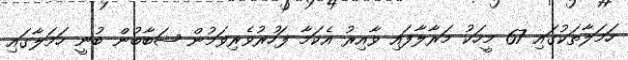
ހަމަލާތަކުގައި 67 މީހަކު މަރާލާފައި ވާއިރު އެކަމާ ފަހުރުވެރިވަމުން ޝަބާބުން ބުނީ ހަމަލާގައި